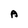
Character: A